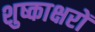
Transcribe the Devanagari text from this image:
शुष्काक्षरों